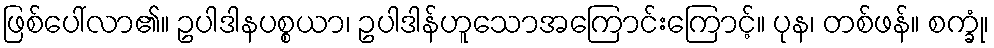
ဖြစ်ပေါ်လာ၏။ ဥပါဒါနပစ္စယာ၊ ဥပါဒါန်ဟူသောအကြောင်းကြောင့်။ ပုန၊ တစ်ဖန်။ စက္ခုံ၊